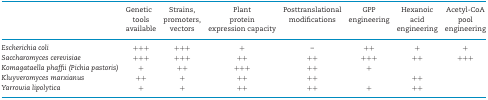
<table><thead><tr><td></td><td><b>Genetic tools available</b></td><td><b>Strains, promoters, vectors</b></td><td><b>Plant protein expression capacity</b></td><td><b>Posttranslational modifications</b></td><td><b>GPP engineering</b></td><td><b>Hexanoic acid engineering</b></td><td><b>Acetyl-CoA pool engineering</b></td></tr></thead><tbody><tr><td><i>Escherichia coli</i></td><td>+++</td><td>+++</td><td>+</td><td>–</td><td>++</td><td>+</td><td>+</td></tr><tr><td><i>Saccharomyces cerevisiae</i></td><td>+++</td><td>+++</td><td>++</td><td>++</td><td>+++</td><td>++</td><td>+++</td></tr><tr><td><i>Komagataella phaffii (Pichia pastoris)</i></td><td>+</td><td>++</td><td>+++</td><td>++</td><td>+</td><td></td><td></td></tr><tr><td><i>Kluyveromyces marxianus</i></td><td>++</td><td>+</td><td>++</td><td>++</td><td></td><td>++</td><td></td></tr><tr><td><i>Yarrowia lipolytica</i></td><td>+</td><td>+</td><td>++</td><td>++</td><td>+</td><td>++</td><td></td></tr></tbody></table>